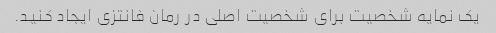
یک نمایه شخصیت برای شخصیت اصلی در رمان فانتزی ایجاد کنید.